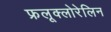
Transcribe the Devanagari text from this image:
फ्रलूक्लोरेलिन